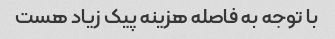
با توجه به فاصله هزینه پیک زیاد هست